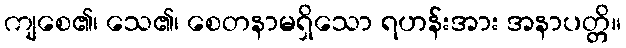
ကျစေ၏၊ သေ၏၊ စေတနာမရှိသော ရဟန်းအား အနာပတ္တိ။